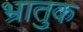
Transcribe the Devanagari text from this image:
भ्रातुक